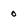
Character: O